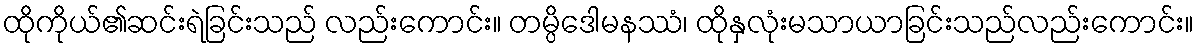
ထိုကိုယ်၏ဆင်းရဲခြင်းသည် လည်းကောင်း။ တမ္ပိဒေါမနဿံ၊ ထိုနှလုံးမသာယာခြင်းသည်လည်းကောင်း။